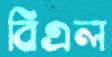
বিএল